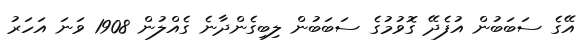
އޭގެ ސަބަބުން އުފެދޭ ގޮވުމުގެ ސަބަބުން ލިބިގެންދާނެ ގެއްލުން 1908 ވަނަ އަހަރު